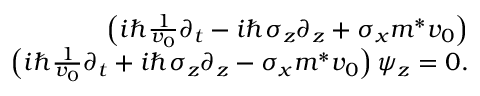
\begin{array} { r l r } & { } & { \left( i \hbar \frac { 1 } { v _ { 0 } } \partial _ { t } - i \hbar \sigma _ { z } \partial _ { z } + \sigma _ { x } m ^ { * } v _ { 0 } \right) } \\ & { } & { \left( i \hbar \frac { 1 } { v _ { 0 } } \partial _ { t } + i \hbar \sigma _ { z } \partial _ { z } - \sigma _ { x } m ^ { * } v _ { 0 } \right) \psi _ { z } = 0 . } \end{array}